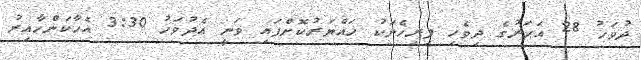
ދުވަހު 28 އަހަރުގެ ދިވެހި ފިރިހެނަކު ހައްޔަރުކޮށްފައި ވަނީ އެދުވަހު 3:30 އެހާކަންހާއިރު